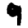
Digit: 9